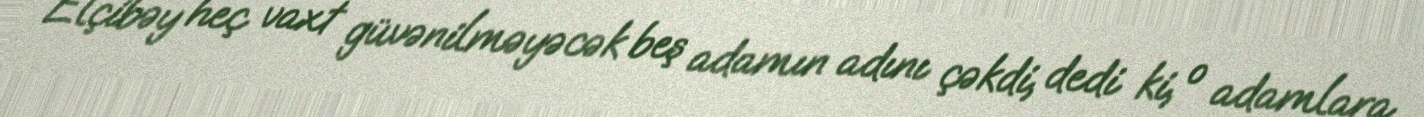
Elçibəy heç vaxt güvənilməyəcək beş adamın adını çəkdi, dedi ki, o adamlara